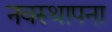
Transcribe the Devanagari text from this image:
नवस्थापना